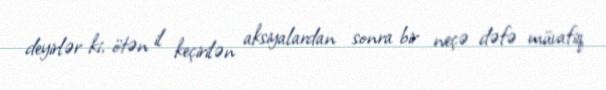
deyirlər ki, ötən il keçirilən aksiyalardan sonra bir neçə dəfə müvafiq